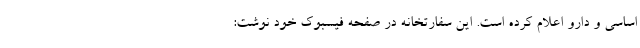
اساسی و دارو اعلام کرده است. این سفارتخانه در صفحه فیسبوک خود نوشت: